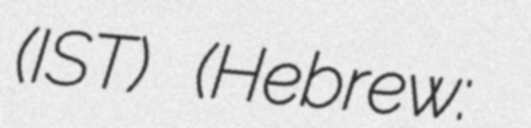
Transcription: (IST) (Hebrew: שעון